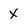
Character: x